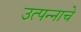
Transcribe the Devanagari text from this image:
उत्‍पन्‍नाचे